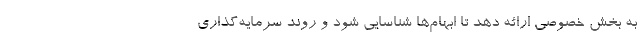
به بخش خصوصی ارائه دهد تا ابهام‌ها شناسایی شود و روند سرمایه‌گذاری